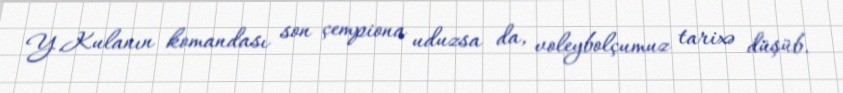
Y.Kulanın komandası son çempiona uduzsa da, voleybolçumuz tarixə düşüb.